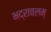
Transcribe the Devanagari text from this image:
भद्राचलम्‌